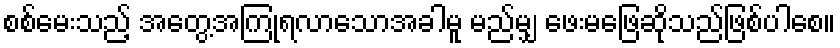
စစ်မေးသည့် အတွေ့အကြုံရလာသောအခါမူ မည်မျှ ဖေးမဖြေဆိုသည်ဖြစ်ပါစေ။